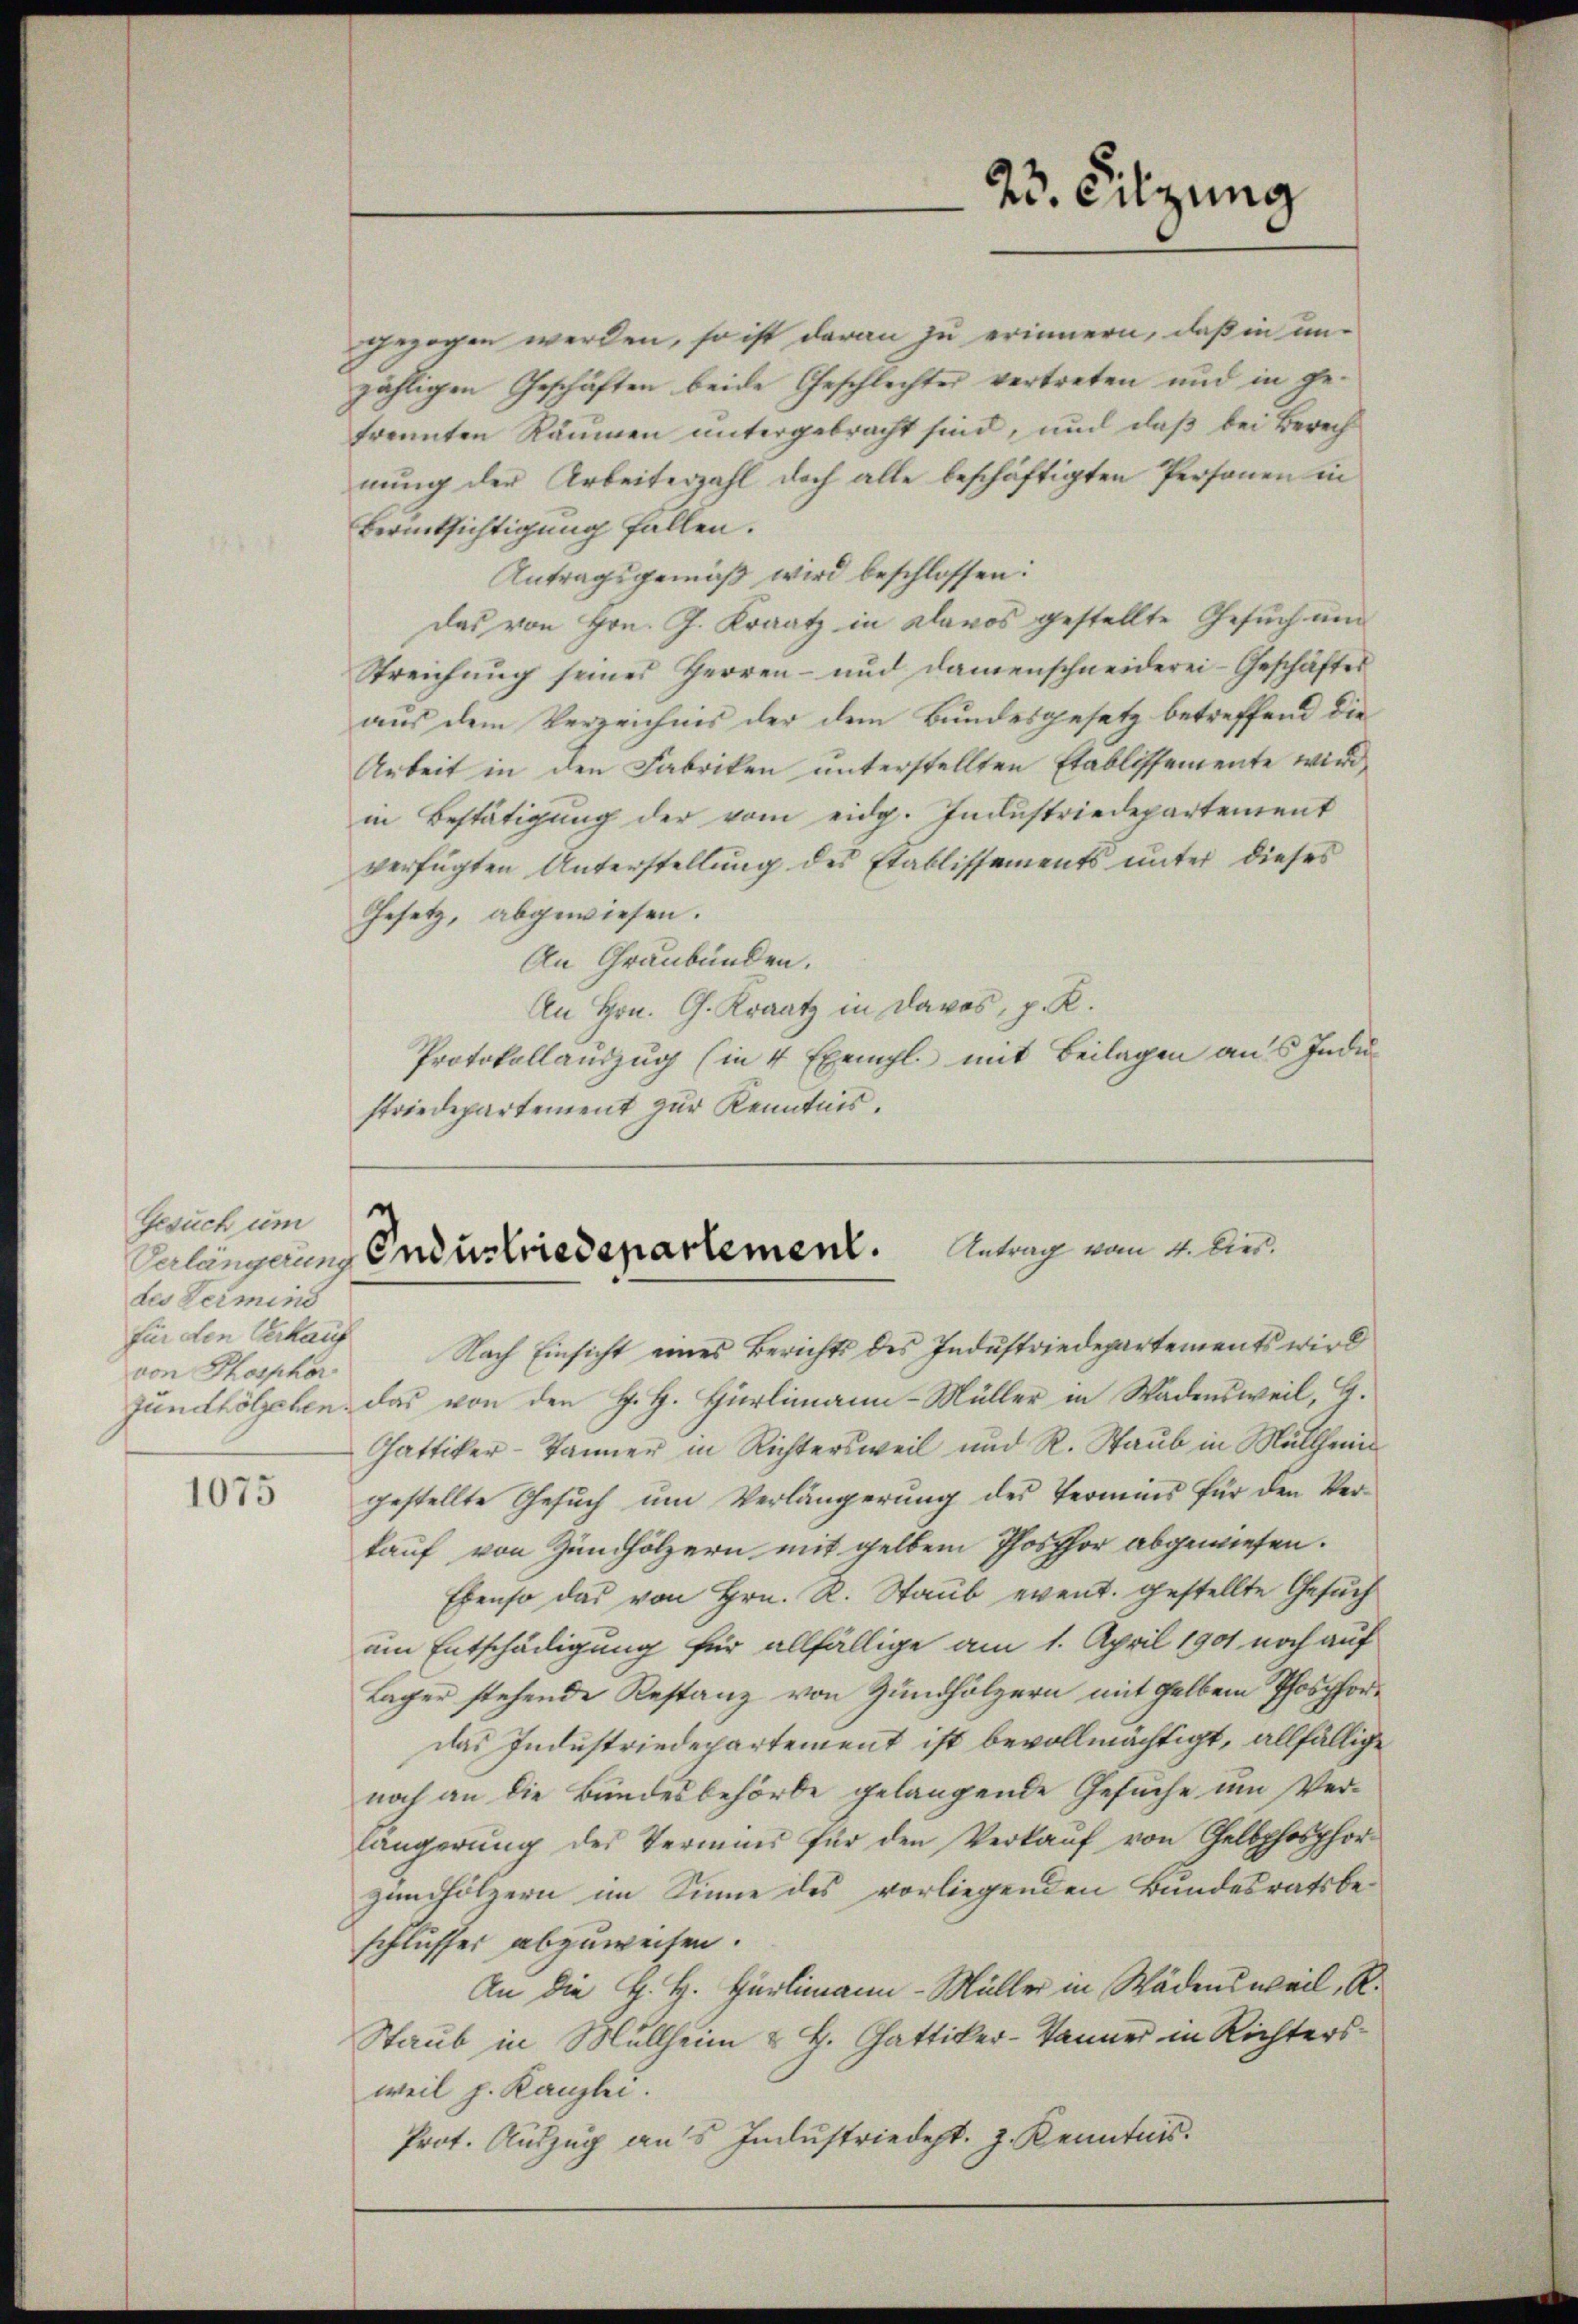
Gesuch um
des Termind
für den Verkauf
von Phosphor

1075

23. Sitzung

gezogen werden, so ist daran zu erinnern, daß in unzähligen Geschäften beide Geschlechter vertreten und in getrennten Räumen untergebracht sind, und daß bei Berechnung der Arbeiterzahl doch alle beschäftigten Personen in
Berücksichtigung fallen.
Antragsgemäß wird beschlossen:
Das von Hrn. J. Kraatz in Klavos gestellte Gesuch um
Streichŭng seines Herren- und damenschneiderei-Geschäftes
aus dem Verzeichnis der dem Bundesgesetz betreffend die
Arbeit in den Fabriken unterstellten Etablissemente wird
in Bestätigung der vom eidg. Industriedepartement
verfügten Unterstellung des Etablissements unter dieses
Gesetz, abgewiesen.
An Graubünden.
An Hrn. G. Kraatz in Davos, p. R.
Protokollauszug (in 4 Exempl. mit Beilagen aus Industriedepartement zur Kenntnis.

e
Antrag vom 4. Dies.
Verlängerung Industriedepartement.

Nach Einsicht eines Berichts des Industriedepartements wird
Jundhölzchen, das von den H. H. Hürlimann-Müller in Wädensweil, G.
Gattiker-Jänner in Richtersweil und R. Staub in Müllhe
gestellte Gesŭch ŭm Verlängerung des Termins für den Verkauf von Zündhölzern mit gelben Phosphor abgewiesen.
Ebenso das von Hrn. R. Staub event. gestellte Gesuch
ain Entschädigung für allfällige am 1. April 1901 noch auf
Lager stehende Restanz von Zündhölzern mit gelben Phosphor¬
Das Industriedepartement ist bevollmächtigt, allfällige
noch an die Bundesbehörde gelangende Gesuche um Verlängerung des Termins für den Verkauf von Gelbphosphorzinhölzern im Sinne des vorliegenden Bundesratsbeschlusses abzuweisen.
An die H. H. Hürlimann-Müller in Wädensweil, R.
Staub in Müllheim & H. Gattiker-Tanner in Richtersweil h. Kanzlei.
Prot. Auszug aus Industriedept. J. Kenntnis.